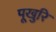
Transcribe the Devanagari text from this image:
पूखुरि